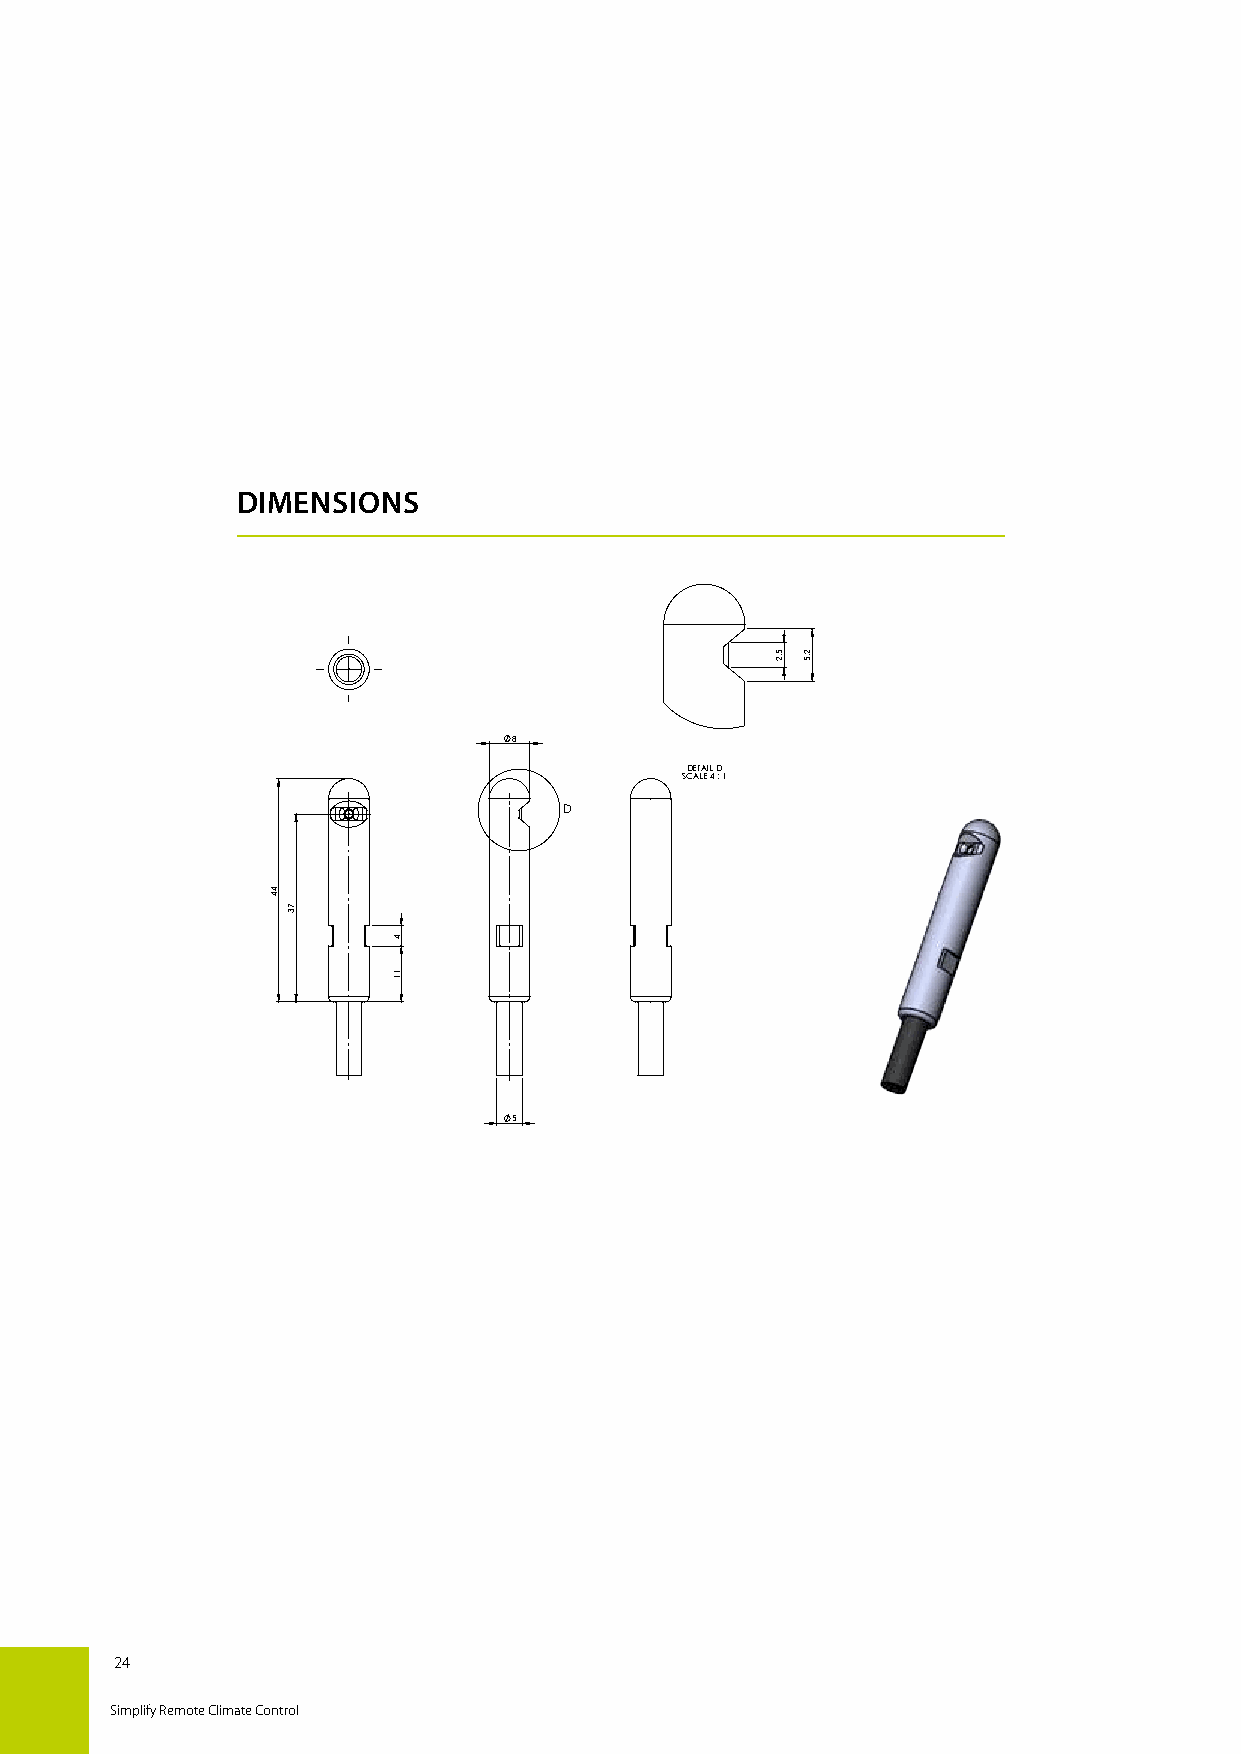
DIMENSIONS
 8
 DETAIL D
 SCALE 4 : 1
 D
 5
 Molded in Technomelt PA 6208 Black
 LDiSn/eISaOr d 2im76e8n-smio. nAsn gwuitlahro udtim toelnesraionncse sw aitchcoourtd tionlge rtaon ces: ± 1° Sprhoeceetsmse etaqlu filpamtsetantte a ins db aiss eodn loyn in Dteanndtheedr mas A ai rg Huiadned.ling A/S Staubrlfea cLeZ Ta p1p4e2a 0r0a0n1c,e c aactecgoordryin gE tRoR rOefRe!r:eNnecwe Attribute8
 MATERIAL:       REV. BY:bof
 THICKNESS:- WEIGHT:2.56g DATE: 18-12-2018
 TewAps rh lilots i hs dpeo eenD usrcr t ti e ya g w w noth sri fn i et sog tre are ii n ig s do i anff Cu uaw or ttn hei mlilods pnr h bi Saoze yntad C ybtD i w oe a Aan i nnrt he Ldtbh p yt Ewehr oDre i :lmd l a uu b N nn Ac etdeh/ OSpede r r r o Tais mn trt e a e w TA cn th t/d h OeSoi edn .l e g b S o ythr C P aint a A t tph e Lae nr t Et s . R EH R Rs Oe Rn !:s Do er s cc rio ptm ionp Dle Kte D PR EAAE RF T. E RT: : NO R1b O8o -f 12 R-20 !1 :7 R PE AV a.: rt_no
 24
 Simplify Remote Climate Control
 44
 73
 4
 11
 5,2 2,5
 PART
 NO
 REV.:
 ERROR!:ParAt_no